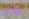
تؤكل